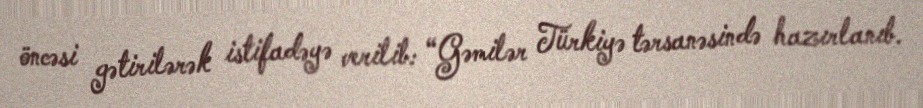
öncəsi gətirilərək istifadəyə verilib: “Gəmilər Türkiyə tərsanəsində hazırlanıb.